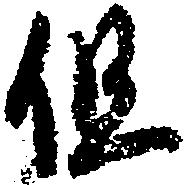
但